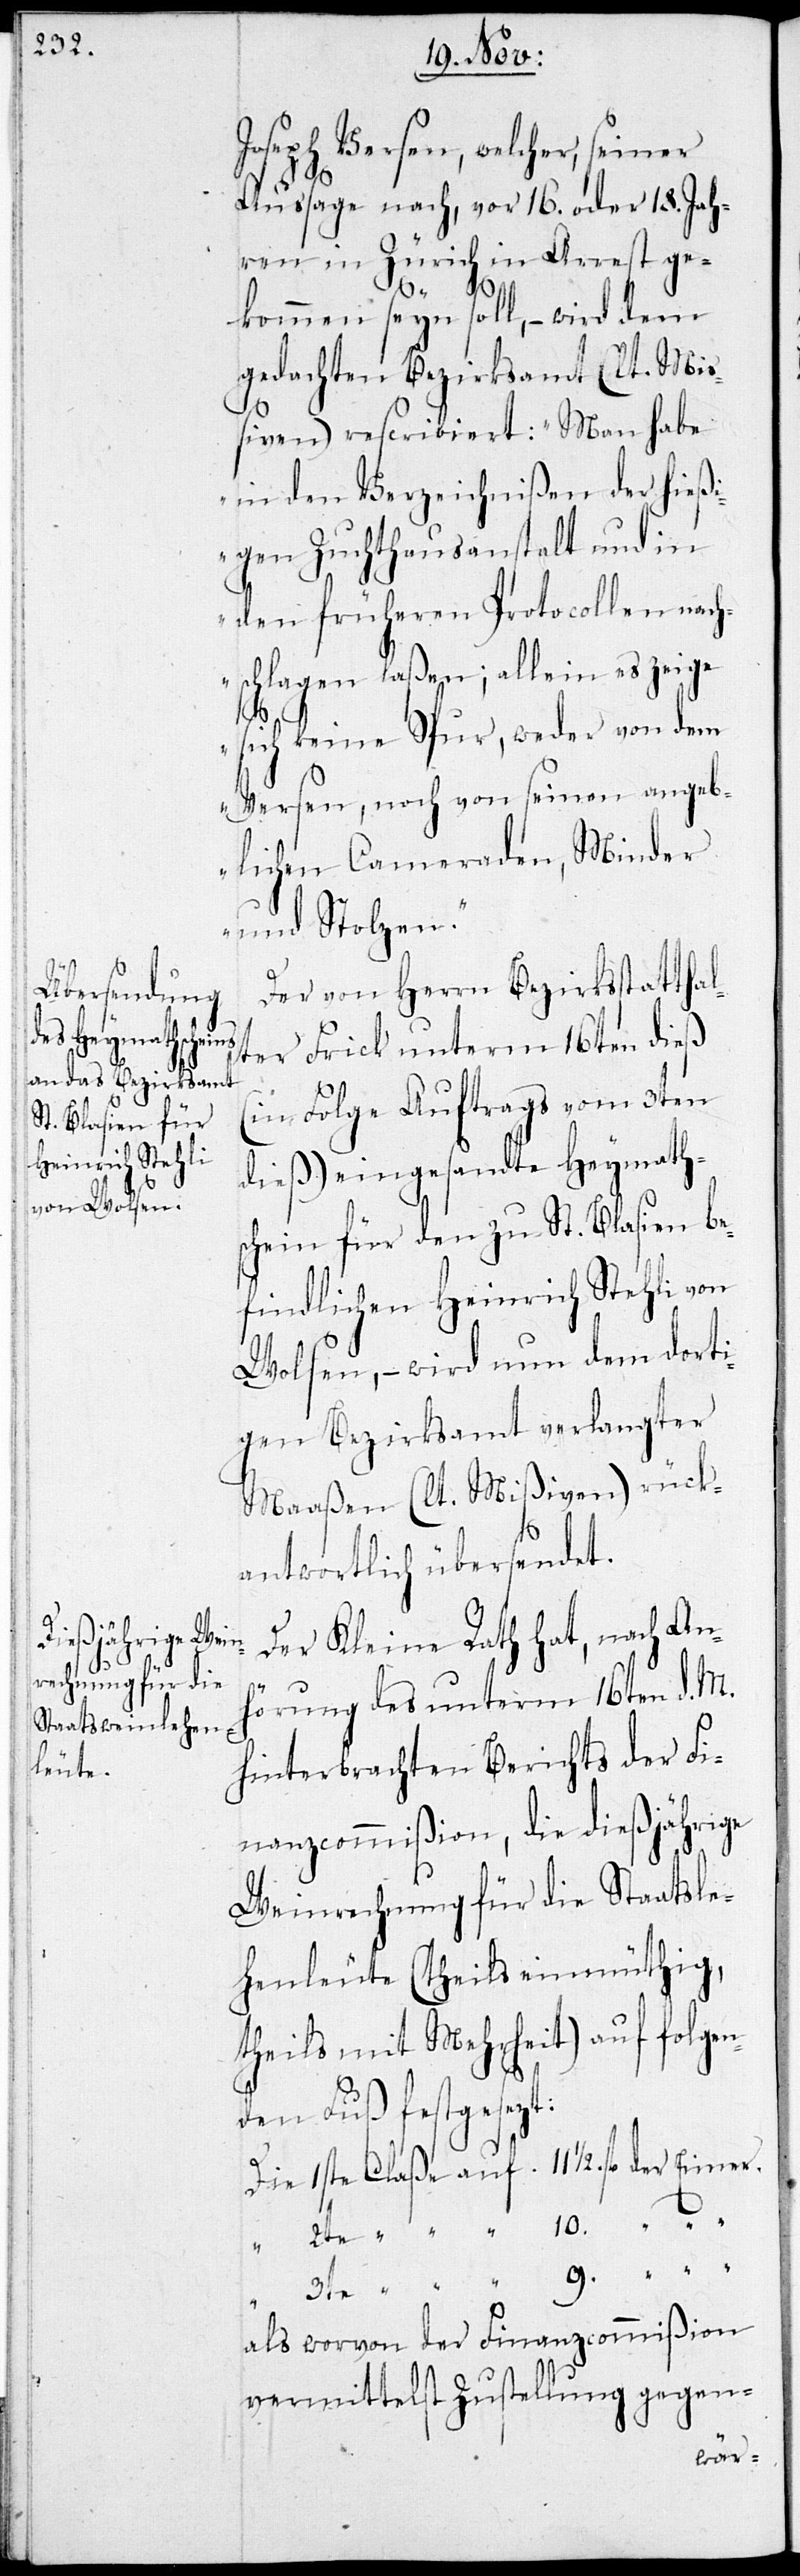
Joseph Versen, welcher, seiner
Aussage nach, vor 16. oder 18. Jah¬
ren in Zürich in Arrest ge¬
kommen seyn soll, – wird dem
gedachten Bezirksamt (lt. Miß¬
iven) rescribiert: „Man habe
in den Verzeichnißen der hießi¬
gen Zuchthausanstalt und in
den früheren Protocollen nachs¬
chlagen laßen; allein es zeige
sich keine Spur, weder von dem
Versen, noch von seinen angeb¬
lichen Kameraden, Minder
und Stolzen.“
Der von Herrn Bezirksstatthal¬
ter Frick unterm 16ten dieß
(in Folge Auftrags vom 3ten
dieß) eingesandte Heymaths¬
chein für den zu St. Blasien be¬
findlichen Heinrich Stehli von
Wolsen, – wird nun dem dorti¬
gen Bezirksamt verlangter
Maaßen (lt. Mißiven) rück¬
antwortlich übersendet.
Der Kleine Rath hat, nach An¬
hörung des unterm 16ten d. M.
hinterbrachten Berichts der Fi¬
nanzcommißion, die dießjährige
Weinrechnung für die Staatsle¬
henleute (theils einmüthig,
teils mit Mehrheit) auf folgen¬
den Fuß festgesezt:
Die 1ste Claße auf 11. 1/2 fl. der
als worvon der Finanzcommißion
vermittelst Zustellung gegen-